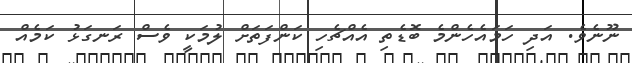
ނޫނެވެ. އަދި ހަމައެހެންމެ ބޮޑެތި އެއްޗެހި ކަންފަތަށް ލުމަކީ ވެސް ރަނގަޅު ކަމެއް